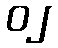
၀၂